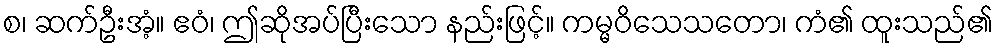
စ၊ ဆက်ဦးအံ့။ ဧဝံ၊ ဤဆိုအပ်ပြီးသော နည်းဖြင့်။ ကမ္မဝိသေသတော၊ ကံ၏ ထူးသည်၏